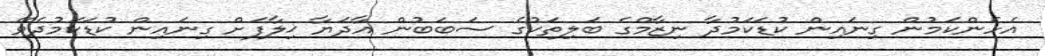
އެހެންކަމުން ގިނައިން ކުޑަކަމުދާ ނިޒާމްގެ ބަލިތަކުގެ ސަބަބުން އާދަޔާ ޚިލާފަށް ގިނައިން ކުޑަކަމުދެވޭ